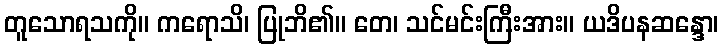
တူသောရသကို။ ကရောသိ၊ ပြုဘိ၏။ တေ၊ သင်မင်းကြီးအား။ ယဒိပနဆန္ဒော၊